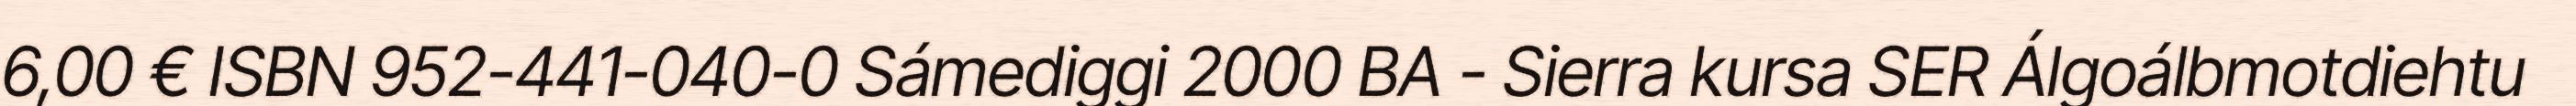
6,00 € ISBN 952-441-040-0 Sámediggi 2000 BA - Sierra kursa SER Álgoálbmotdiehtu